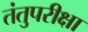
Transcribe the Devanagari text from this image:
तंतुपरीक्षा